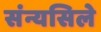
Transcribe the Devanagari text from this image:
संन्यसिले